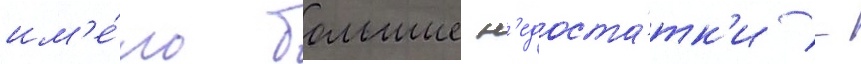
им'е́ло большие н'едоста́тк'и -